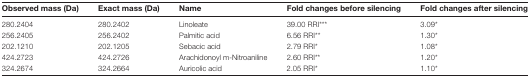
<table><thead><tr><td><b>Observed mass (Da)</b></td><td><b>Exact mass (Da)</b></td><td><b>Name</b></td><td><b>Fold changes before silencing</b></td><td><b>Fold changes after silencing</b></td></tr></thead><tbody><tr><td>280.2404</td><td>280.2402</td><td>Linoleate</td><td>39.00 RRI***</td><td>3.09*</td></tr><tr><td>256.2405</td><td>256.2402</td><td>Palmitic acid</td><td>6.56 RRI**</td><td>1.30*</td></tr><tr><td>202.1210</td><td>202.1205</td><td>Sebacic acid</td><td>2.79 RRI*</td><td>1.08*</td></tr><tr><td>424.2723</td><td>424.2726</td><td>Arachidonoyl m-Nitroaniline</td><td>2.60 RRI**</td><td>1.20*</td></tr><tr><td>324.2674</td><td>324.2664</td><td>Auricolic acid</td><td>2.05 RRI*</td><td>1.10*</td></tr></tbody></table>